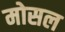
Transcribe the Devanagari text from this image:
मोसल